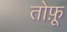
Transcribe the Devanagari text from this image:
तोफ़ू